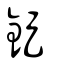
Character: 鋜